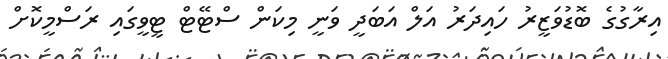
އިރާގުގެ ބޮޑުވަޒީރު ހައިދަރު އަލް އަބަދީ ވަނީ މިކަން ސްޓޭޓް ޓީވީގައި ރަސްމީކޮށް